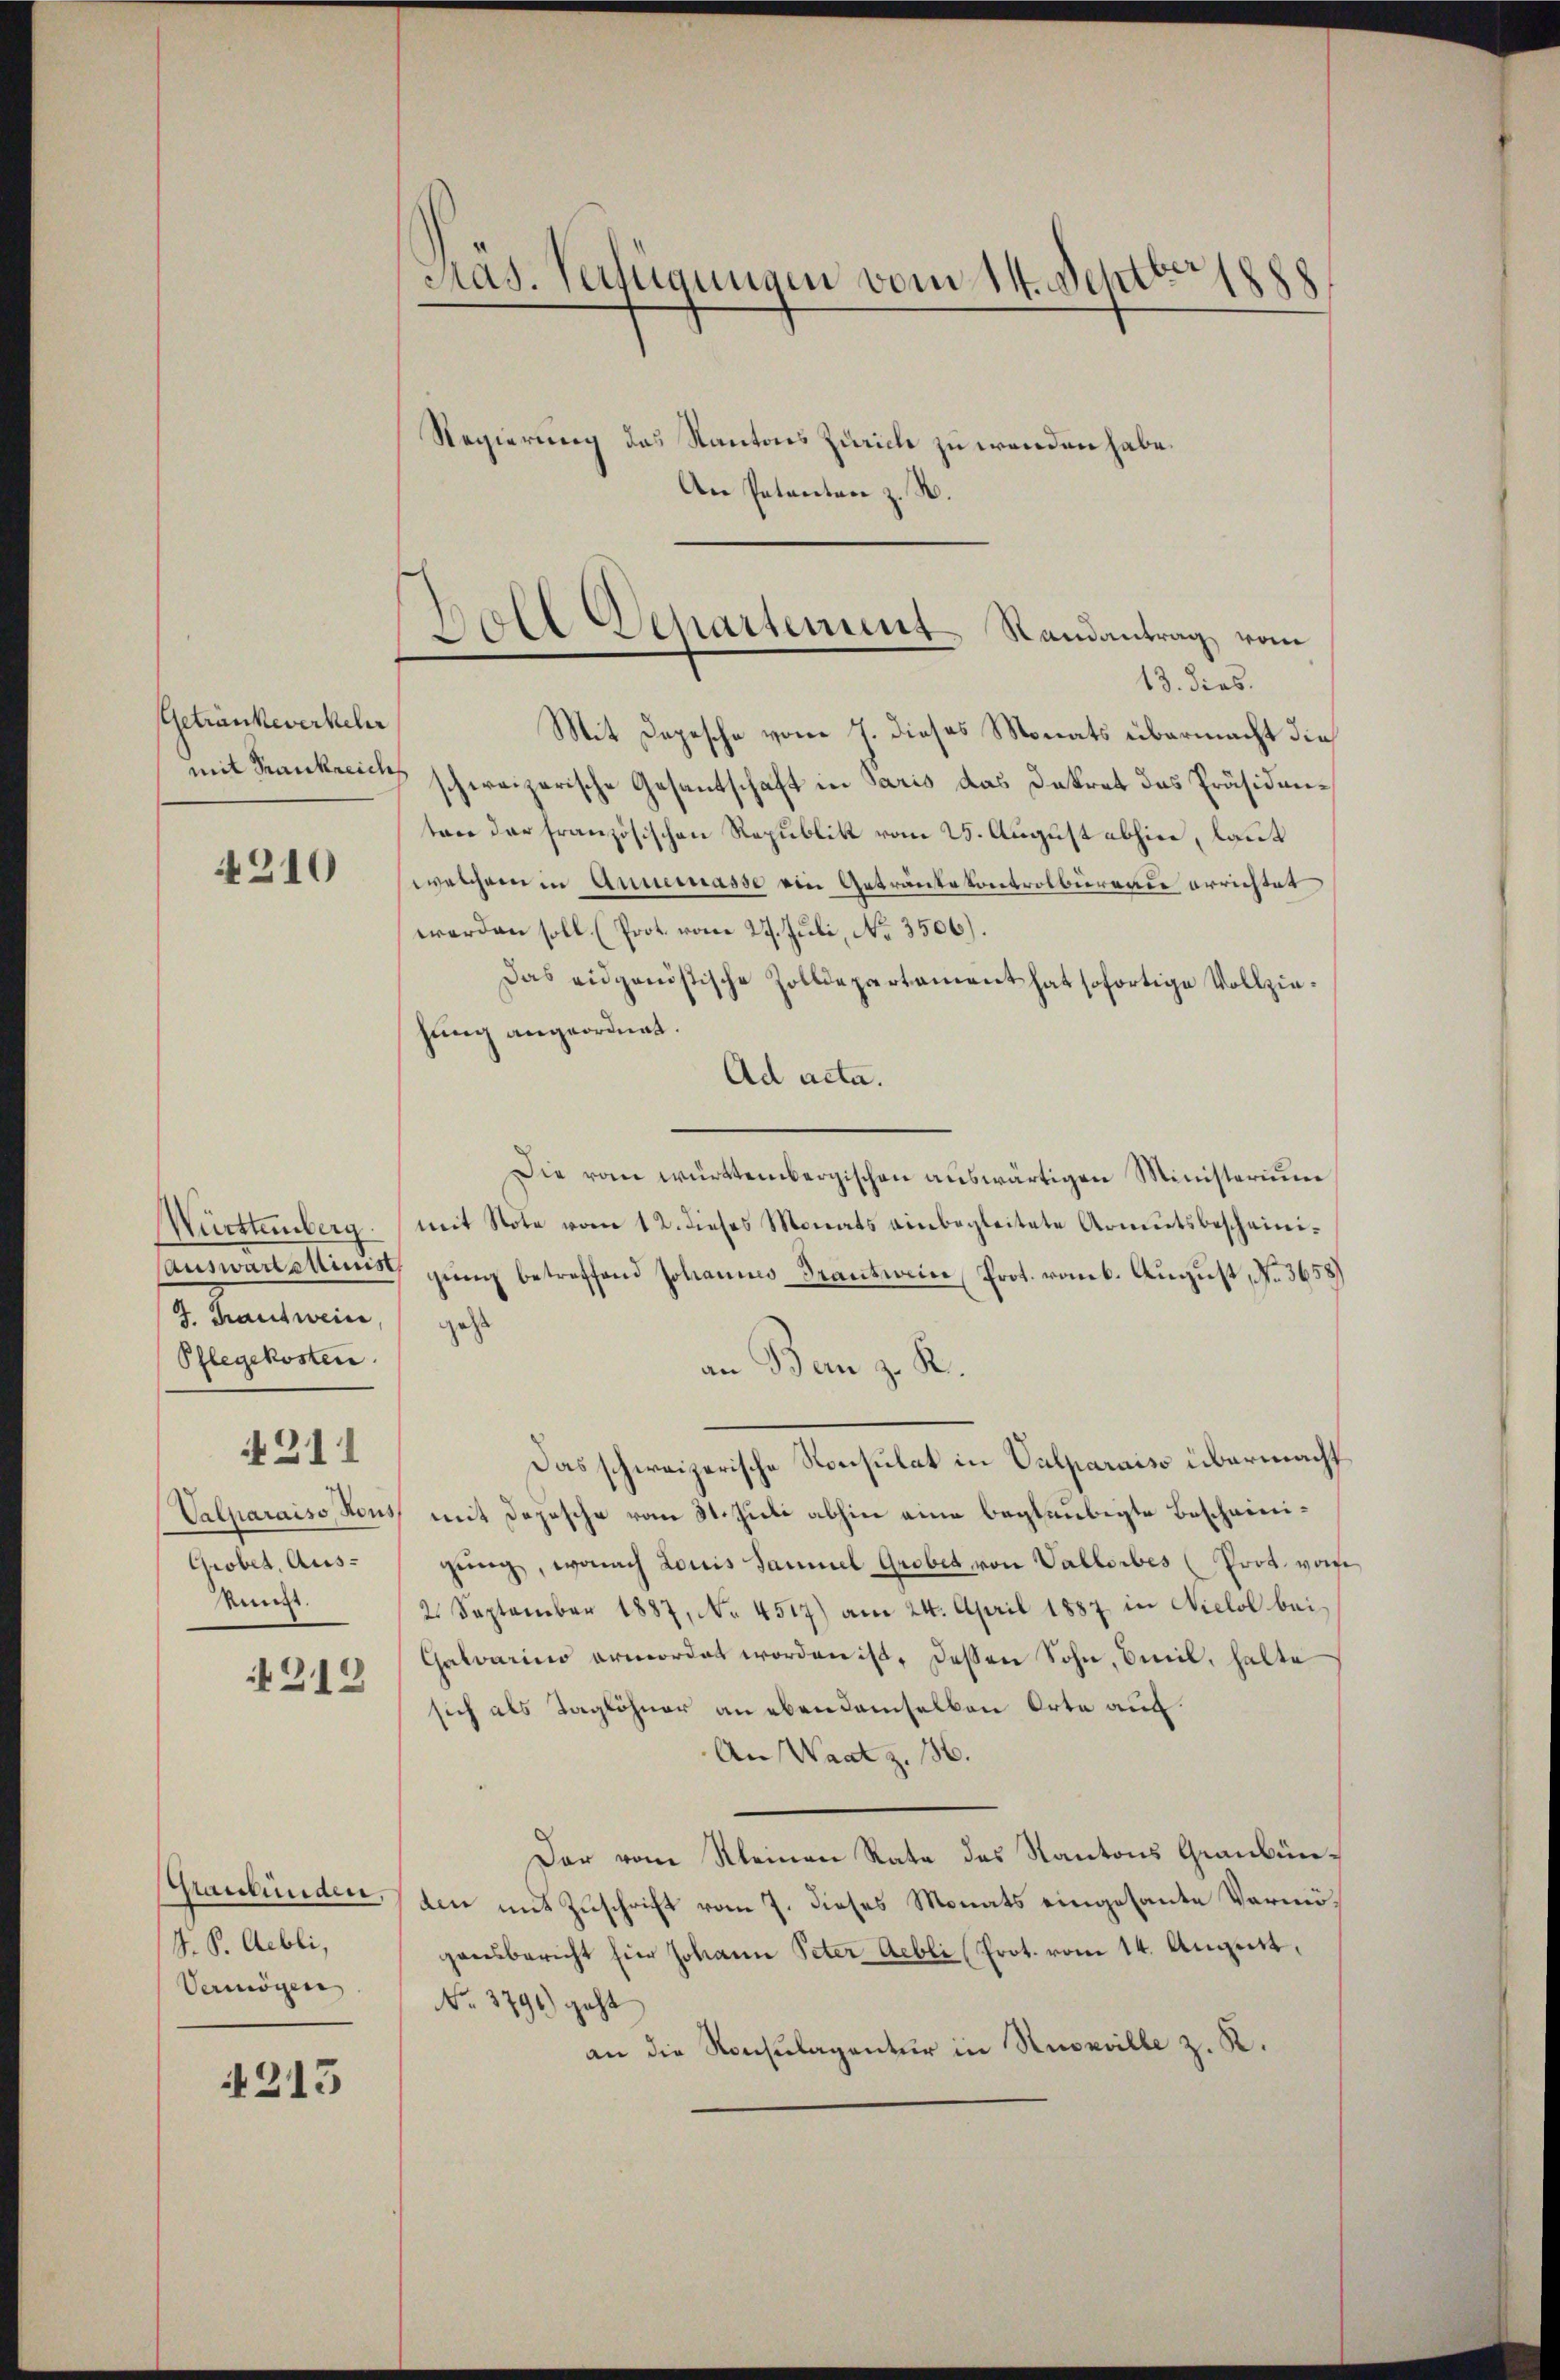
Getränkeverkehr
mit Frankreich

4310

Württemberg.
J. Trautweine
Pflegekosten.
4211
Grobet, Aus-
tünzt.

4212

Manbunden,
J. P. Gebli,
Vermögen

215

Pras. Verfügungen vom 14. Septbr 1888

Doll Departement Randantrag vom
13. dies.

Regierung des Kantons Zürich zu wenden habe.
An Petenten z. R.

Mit Depesche vom 7. dieses Monats übermacht die
7 schweizerische Gesantschaft in Paris das Dekret das Präsidenten der französischen Republik vom 25. August abhin, laut
welchem in Annemasse ein Antrante kontrolbureau errichtet
werden soll (Prot. vom 27. Juli, No. 3506).
Das eidganistische Zolldepartament hat sofortige Vollziehung angeordnet.
Ad acta.
Die von württembergischen auswärtigen Ministerium
mit Note vom 12. dieses Monats einbegleitete Armutsbescheini¬
Causwaristins gŭng betreffend Johannes Frantwein Prot. romb. August, No. 3658)
gest
an Bem z. R.
Das schweizerische Konsulat in Valparaiso übermacht
Valparaiso Houss mit Depesche vom 31. Juli abhin eine beglaubigte Bescheinigŭng, wonach Louis Saumel Grobet von Vallorbes (Prot. von
2. September 1887, No. 4517) am 24. April 1887 in Nielol bei
Galvarius ermordet worden ist. Dessen Sohn, Emil, halte
sich als Taglöhner an ebendemselben Orte auf
An Waatz. 36.
Der vom Kleinen Rate des Kantons Graubünden mit Zuschrift vom 7. dieses Monats eingesante Vermögensbericht hier Johann Peter Aebli (Prot. vom 14. August,
No. 3791) geht
an die Konsulagentur in Russville z. K.